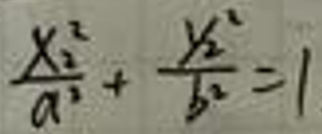
\(\frac{y_{2}^{2}}{a^{2}}+\frac{y_{2}^{2}}{b^{2}}=1\)